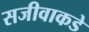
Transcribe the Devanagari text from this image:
सजीवाकडे